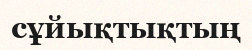
сұйықтықтың